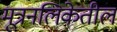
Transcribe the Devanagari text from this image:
मूत्रनलिकेतील